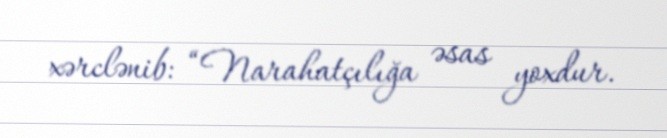
xərclənib: “Narahatçılığa əsas yoxdur.